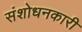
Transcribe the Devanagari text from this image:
संशोधनकारी